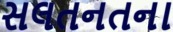
સલતનતના